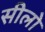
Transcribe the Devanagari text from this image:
सीलो